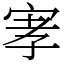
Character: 宯